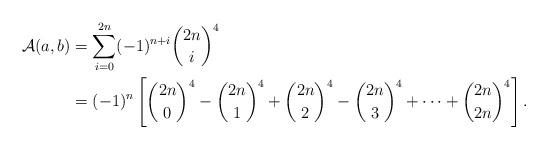
LaTeX: \begin{align*} \mathcal{A}(a, b) &= \sum_{i = 0}^{2n} (-1)^{n + i}\binom{2n}{i}^4\\ &= (-1)^n\left[\binom{2n}{0}^4 - \binom{2n}{1}^4 + \binom{2n}{2}^4 - \binom{2n}{3}^4 + \cdots + \binom{2n}{2n}^4\right]. \end{align*}